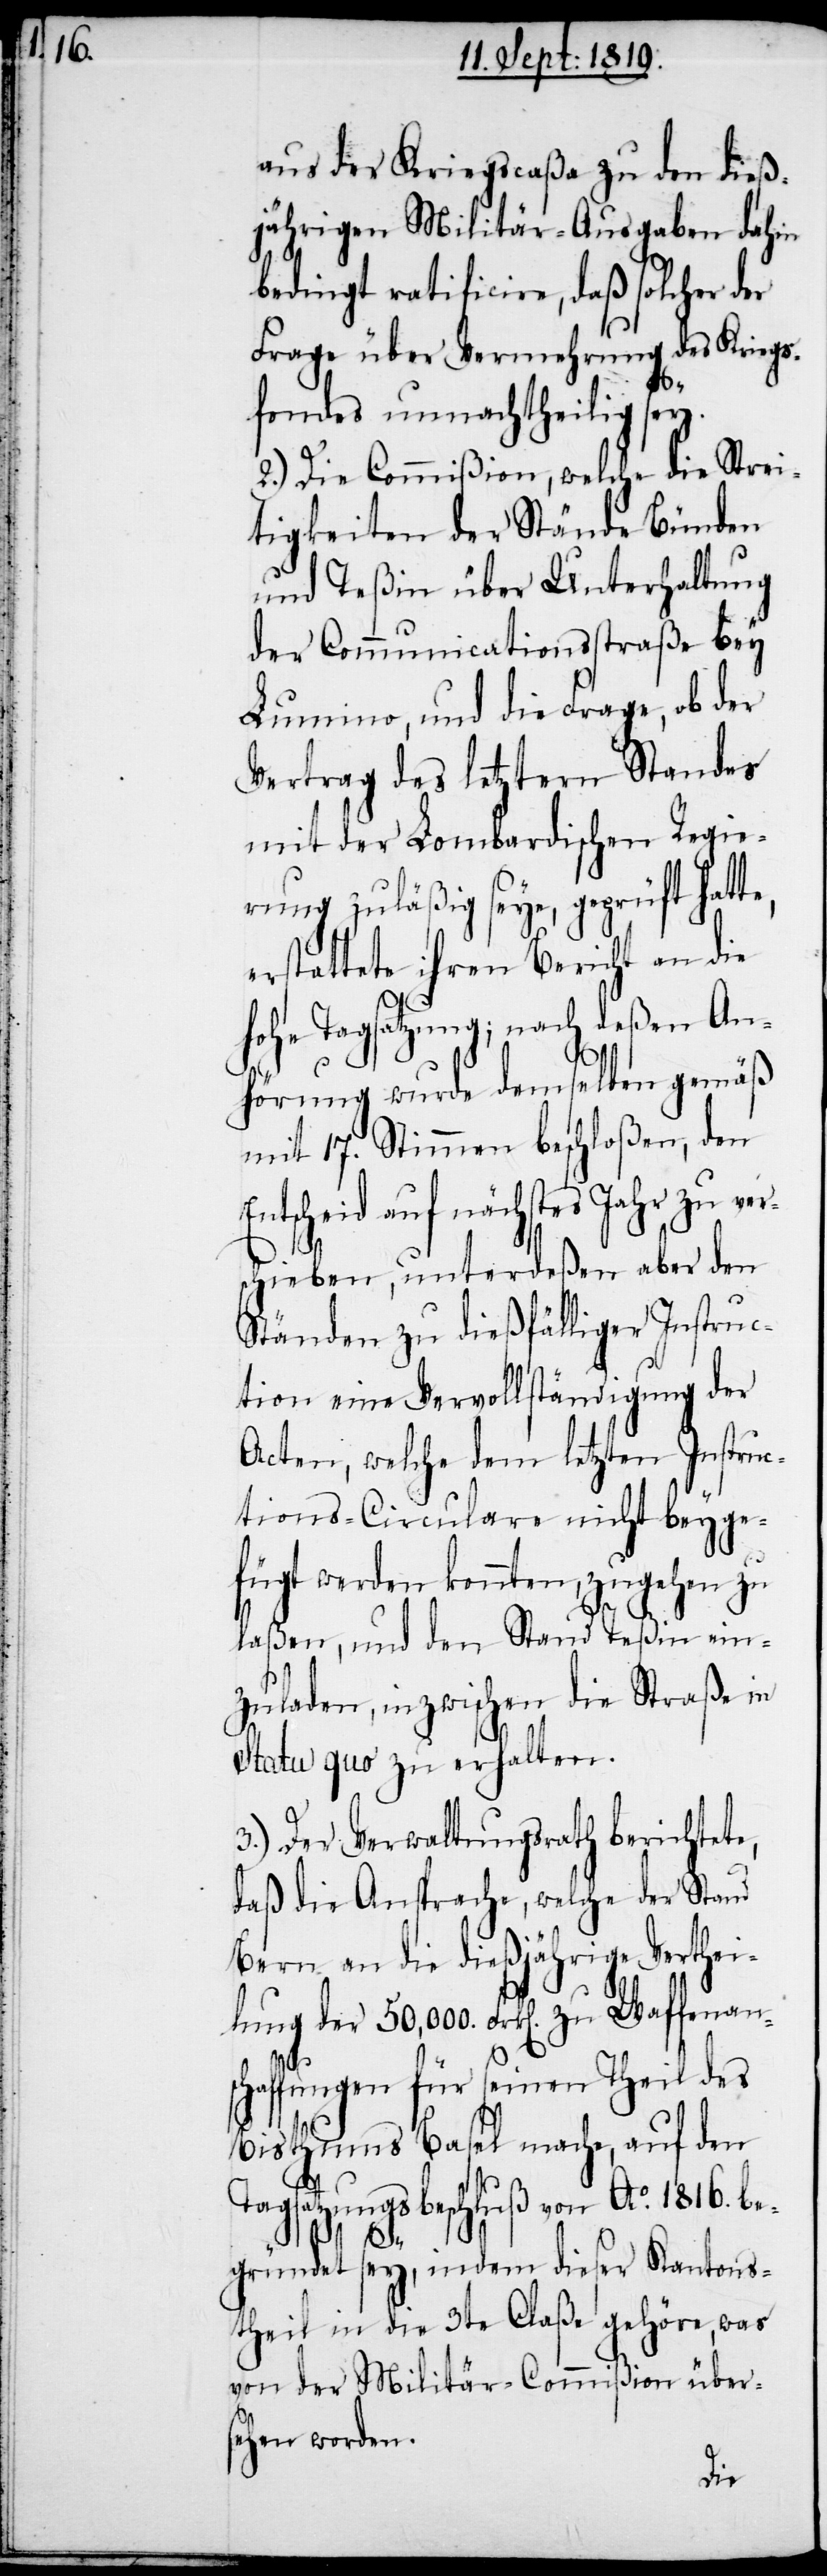
aus der Kriegscaßa zu den dieß¬
jährigen Militär-Ausgaben dahin
bedingt ratificire, daß solcher der
Frage über Vermehrung des Kriegs¬
fondes unnachtheilig sey.
2.) Die Commißion, welche die Strei¬
tigkeiten der Stände Bünden
und Teßin über Unterhaltung
der Communicationsstraße bey
Lumino, und die Frage, ob der
Vertrag des letztern Standes
mit der Lombardischen Regie¬
rung zuläßig seye, geprüft hat¬
erstattete ihren Bericht an die
E¬
hohe Tagsatzung; nach deßen An¬
hörung wurde dem selben gemäß
mit 17. Stimmen beschloßen, den
ntscheid auf nächstes Jahr zu ve¬
chieben, unterdeßen aber den
Ständen zu dießfälliger Instruc¬
tion eine Vervollständigung der
Acten, welche dem letzten Instruc¬
tions-Circulare nicht beyge¬
fügt werden konnten, zugehen zu
laßen, und den Stand Teßin ein¬
zuladen, inzwischen die Straße in
Statu quo zu erhalten.
3.) Der Verwaltungsrath berichtete,
daß die Ansprache, welche der Stand
Bern an die dießjährige Verthei¬
lung der 50,000. Frk[en]. zu Waffenans¬
chaffungen für seinen Theil des
Bisthums Basel mache, auf den
Tagsatzungsbeschluß von Ao. 1816. be¬
rs¬
gründet sey, indem dieser Kantons¬
theil in die 3te Claße gehöre, was
von der Militär-Commißion über¬
sehen worden.